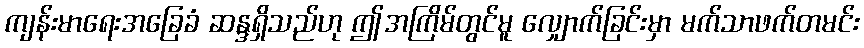
ကျန်းမာရေးအခြေခံ ဆန္ဒရှိသည်ဟု ဤအကြိမ်တွင်မူ လျှောက်ခြင်းမှာ မက်သာဖက်တမင်း